Source: Handwritten
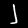
Digit: ၂ (2)